Tartu_Linna_ja_Maakonna_Kaitseliit, lk 209
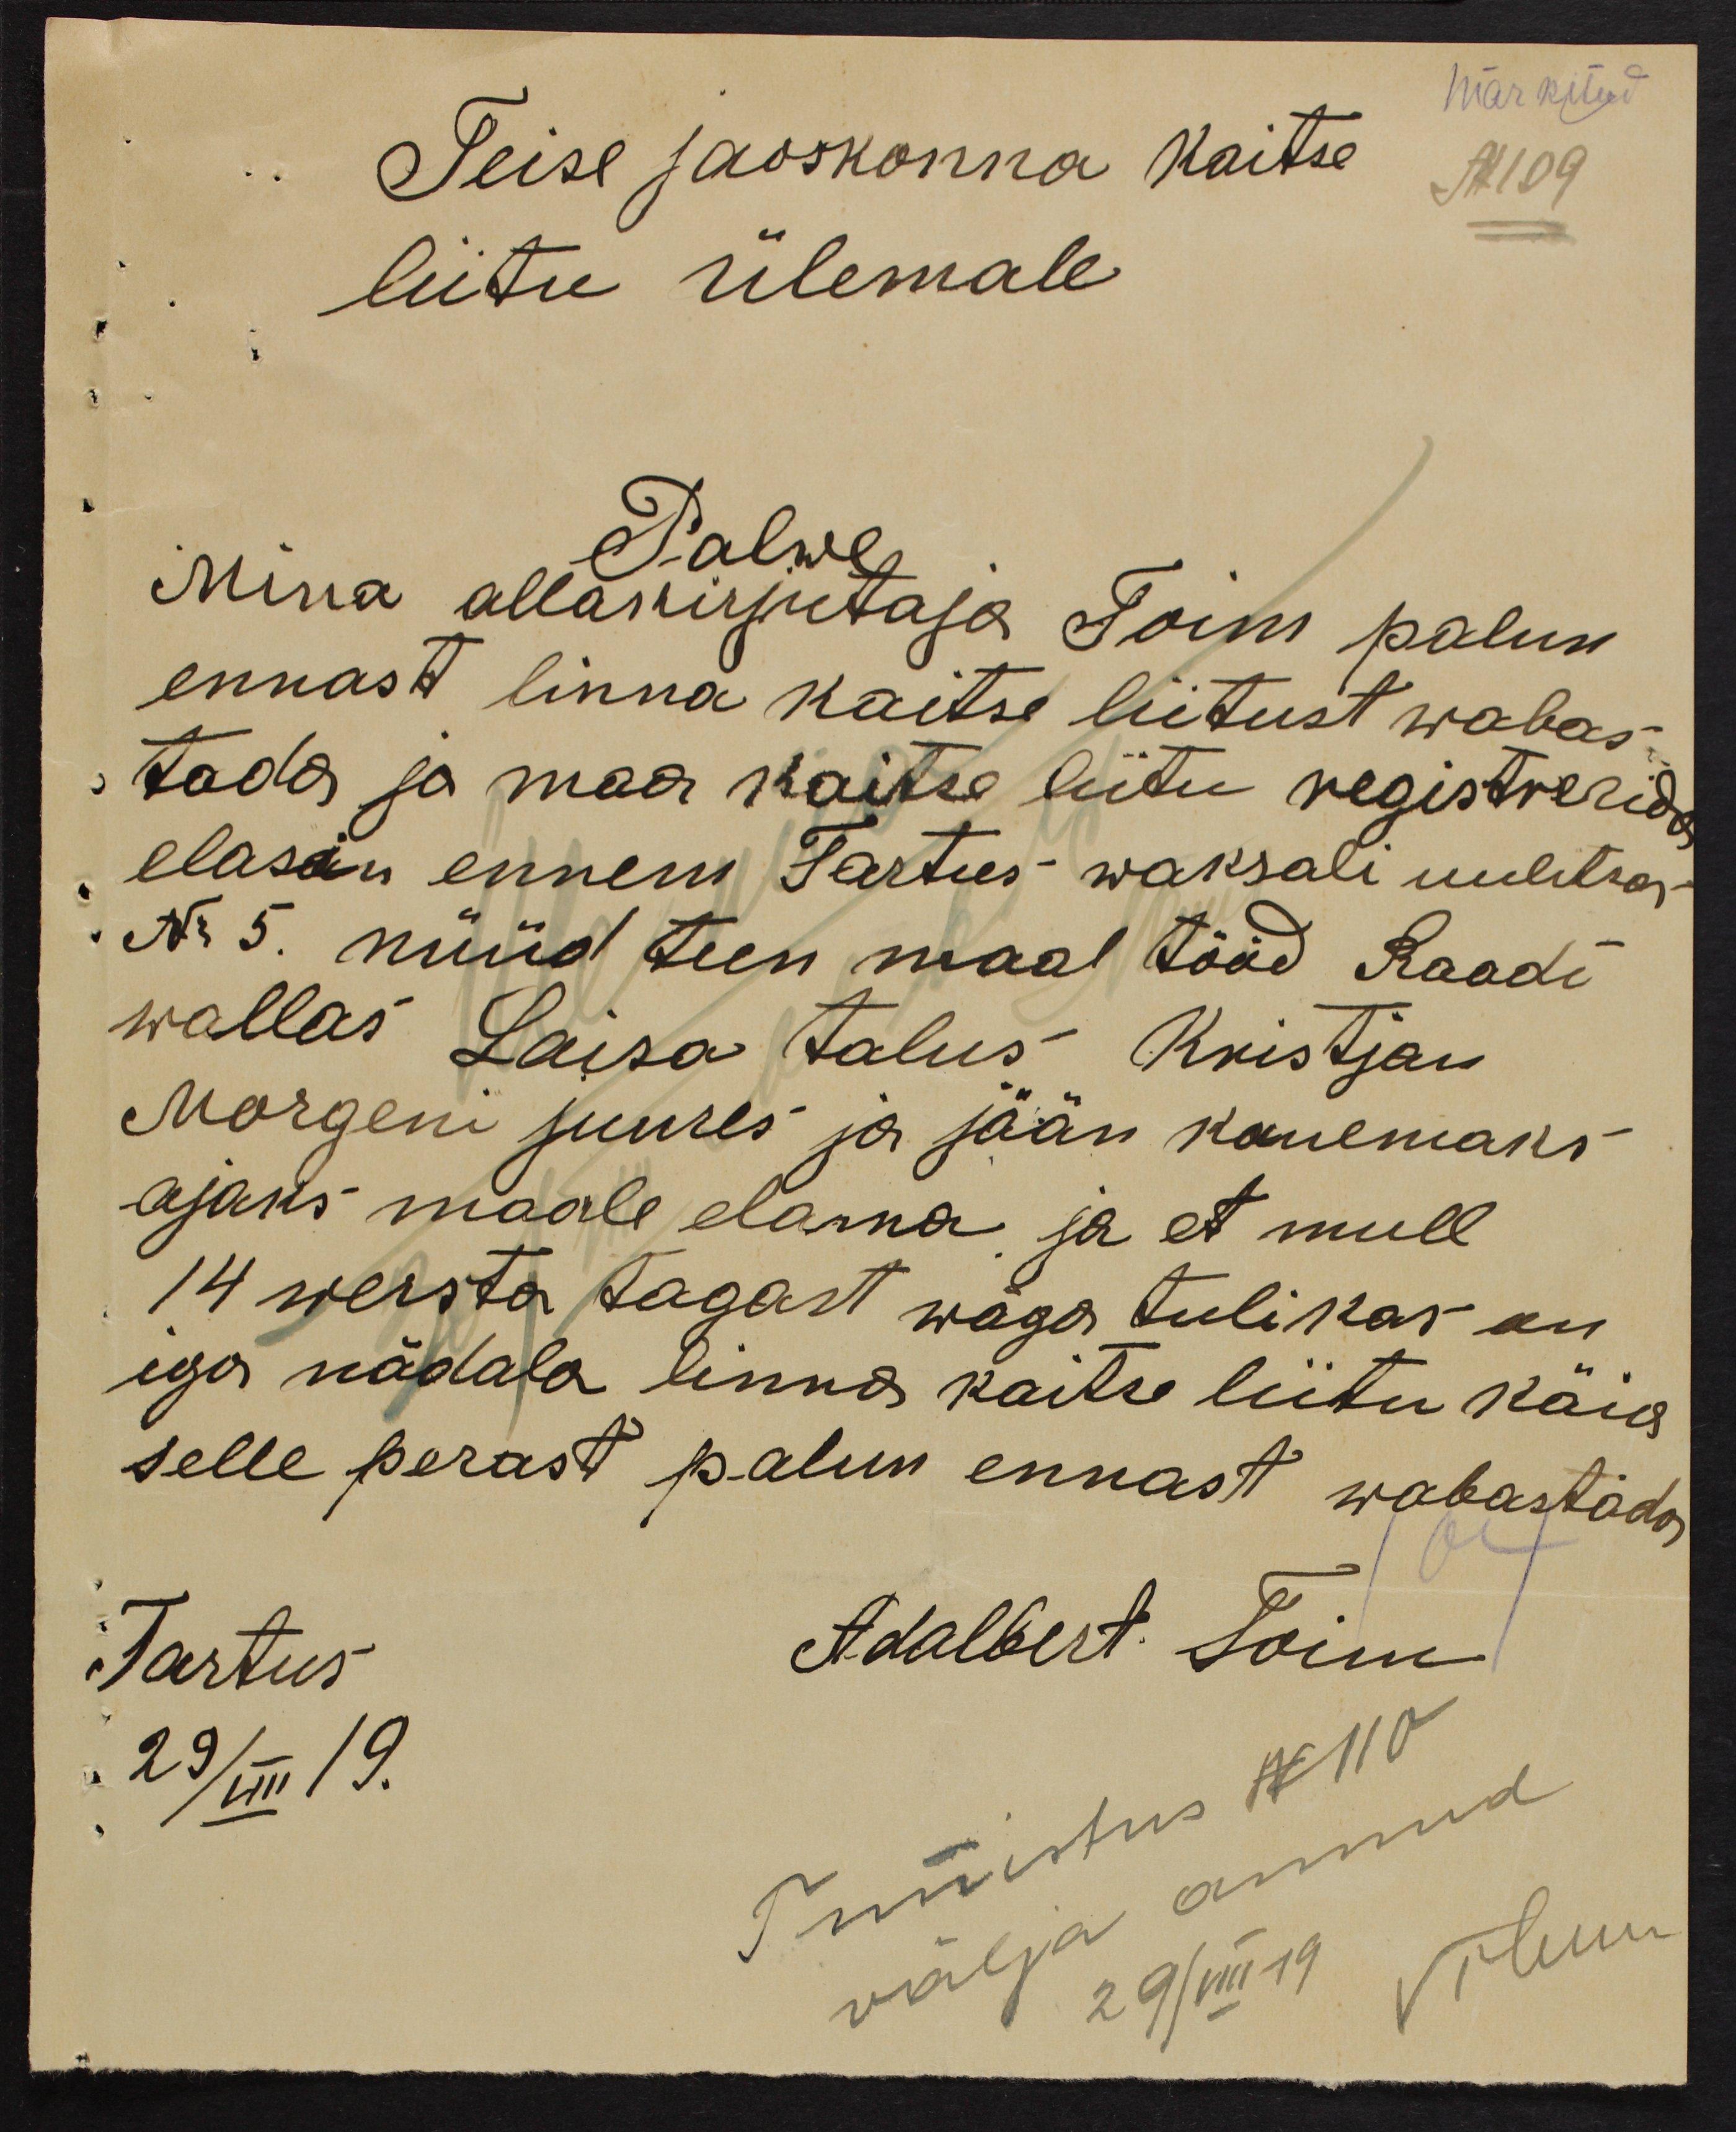
Märkitud
Teise jaoskonna kaitse
N109
liitu ülemale
Palwe
Mina allakirjutaja Toim palun
ennast linna kaitse liitust wabas-
tada ja maa kaitse liitu registrerida
elasin ennem Tartus - waksali uulitsa-
Nr 5. nüüd teen maal tööd Raadi
wallas Laisa talus Kristjan
Margeni juures ja jään kauemaks
ajaks maale elama ja et mull
14 wersta tagast wäga tulikas on
iga nädala linna kaitse liitu käies
selle perast palun ennast wabastada,
Tartus
Adalbert Toim
29/VIII 19.
Tunnistus No 110
välja annud
29/VIII 19